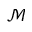
\mathcal { M }